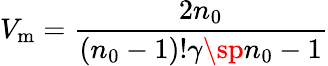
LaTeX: V_{\mathrm{m}}={\frac{2n_{0}}{(n_{0}-1)!\gamma\sp{n_{0}-1}}}